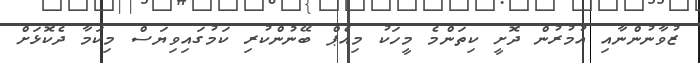
ޒުވާނުންނާއި އުމުރުން ދޮށީ ކިތަންމެ މީހަކު މިއެޕް ބޭނުންކުރި ކަމުގައިވިޔަސް މިކަމާ ދެކޮޅަށް